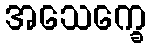
အသေက္ခေ